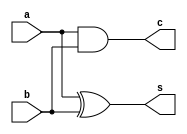
module Half_Adder(a,b,s,c);
    input a,b;
    output s,c;

    xor (s,a,b);
    and (c,a,b);


endmodule